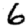
Digit: 6